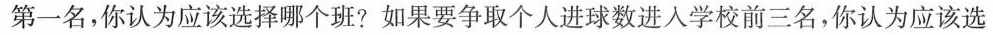
第一名，你认为应该选择哪个班?如果要争取个人进球数进入学校前三名，你认为应该选